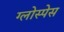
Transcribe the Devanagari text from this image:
ग्लोस्पेस